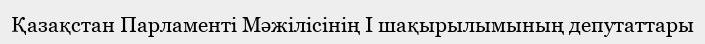
Қазақстан Парламенті Мәжiлiсінің I шақырылымының депутаттары